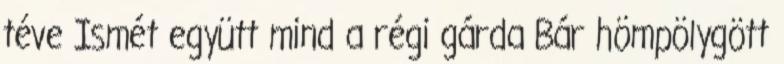
téve Ismét együtt mind a régi gárda Bár hömpölygött